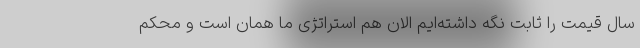
سال قیمت را ثابت نگه داشته‌ایم الان هم استراتژی ما همان است و محکم